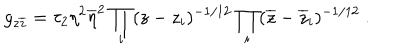
g _ { z \overline { { { z } } } } = \tau _ { 2 } \eta ^ { 2 } \overline { { { \eta } } } ^ { 2 } \prod _ { i } ( z - z _ { i } ) ^ { - 1 / 1 2 } \prod _ { i } ( \overline { { { z } } } - \overline { { { z } } } _ { i } ) ^ { - 1 / 1 2 } ~ .